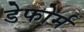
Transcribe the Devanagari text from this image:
डेफोर्म